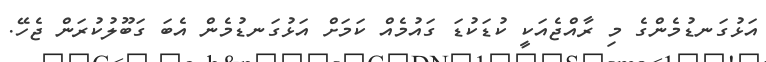
އަޅުގަނޑުމެންގެ މި ރާއްޖެއަކީ ކުޑަކުޑަ ގައުމެއް ކަމަށް އަޅުގަނޑުމެން އެބަ ގަބޫލުކުރަން ޖެހޭ.